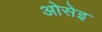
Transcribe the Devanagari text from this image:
ओसेइ